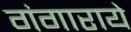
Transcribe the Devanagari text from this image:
गंगाराये